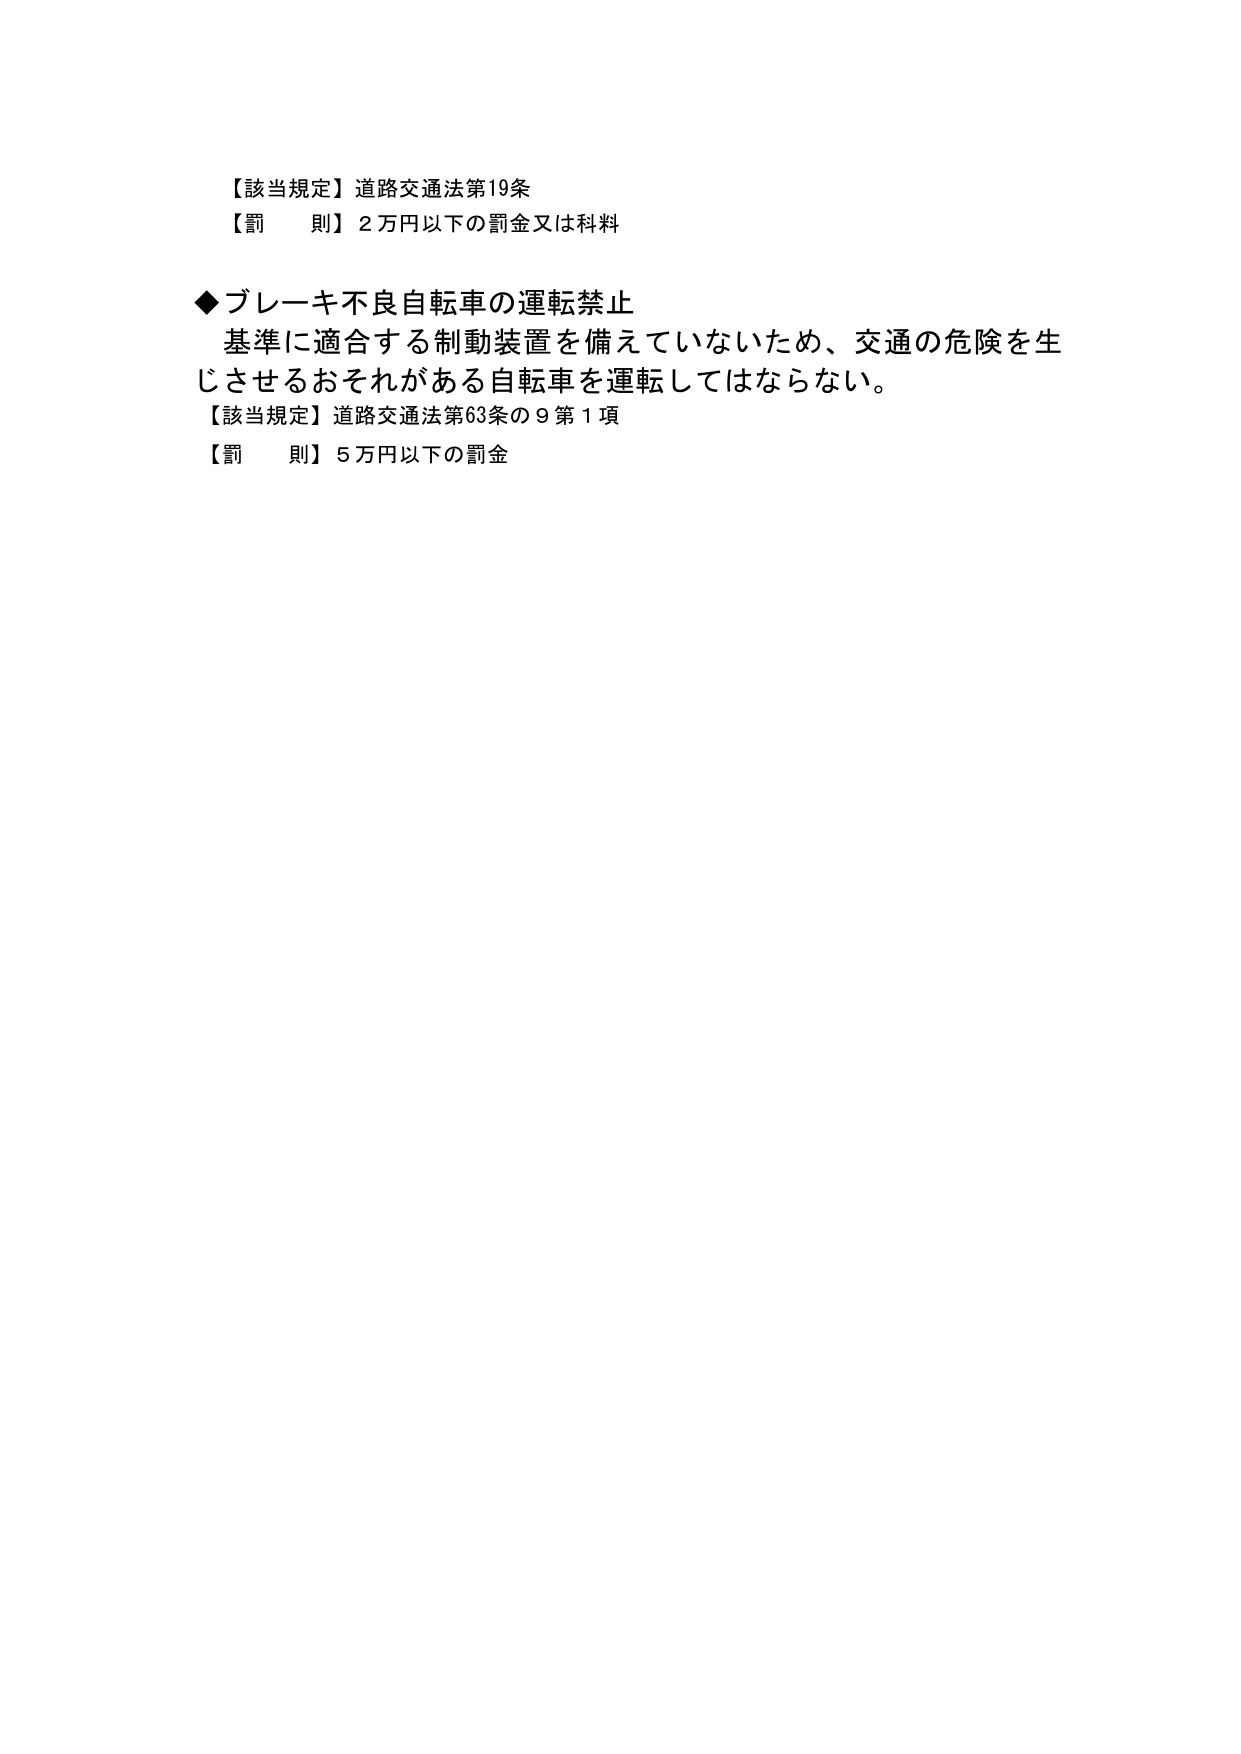
【該当規定】道路交通法第19条
【罰　則】2万円以下の罰金又は科料

◆ブレーキ不良自転車の運転禁止
基準に適合する制動装置を備えていないため、交通の危険を生じさせるおそれがある自転車を運転してはならない。
【該当規定】道路交通法第63条の9第1項
【罰　則】5万円以下の罰金